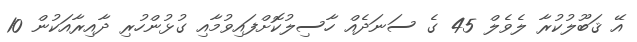
އޭ ޤަބޫލުކުރާ ލެވެލް 45 ގެ ސަނަދެއް ހާސިލުކޮށްފައިވުމާއި ގުޅުންހުރި ދާއިރާއަކުން 10